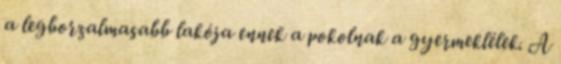
a legborzalmasabb lakója ennek a pokolnak a gyermeklélek. A